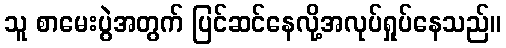
သူ စာမေးပွဲအတွက် ပြင်ဆင်နေလို့အလုပ်ရှုပ်နေသည်။